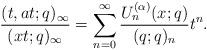
LaTeX: \begin{align*}\frac{(t,at;q)_\infty}{(xt;q)_\infty}=\sum_{n=0}^\infty \frac{U_n^{(\alpha)}(x;q)}{(q;q)_n} t^n.\end{align*}